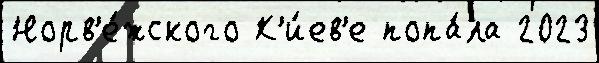
Норв'е́жского К'и́ев'е попа́ла 2023